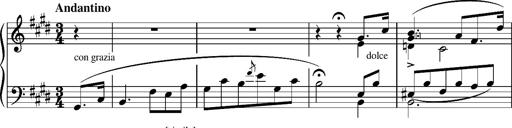
Title: Madrigal
Composer: Lucien Wurmser
Key: A major